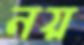
নয়